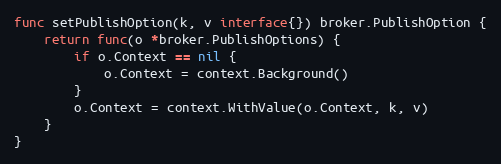
Language: Go
func setPublishOption(k, v interface{}) broker.PublishOption {
	return func(o *broker.PublishOptions) {
		if o.Context == nil {
			o.Context = context.Background()
		}
		o.Context = context.WithValue(o.Context, k, v)
	}
}